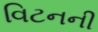
વિટનની